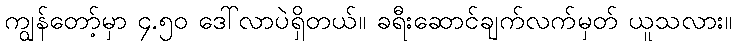
ကျွန်တော့်မှာ ၄.၅၀ ဒေါ်လာပဲရှိတယ်။ ခရီးဆောင်ချက်လက်မှတ် ယူသလား။